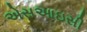
એસઆઇસી